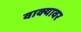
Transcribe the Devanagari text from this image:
वाक्यावर